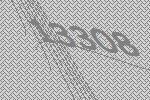
13308